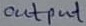
Text: Output